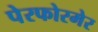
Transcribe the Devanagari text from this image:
पेरफोरमेर